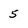
Character: 5